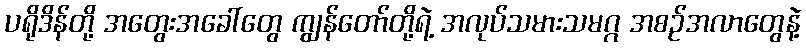
ပရိုဒိန်တို့ အတွေးအခေါ်တွေ ကျွန်တော်တို့ရဲ့ အလုပ်သမားသမဂ္ဂ အစဉ်အလာတွေနဲ့